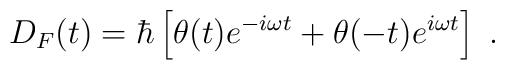
D_F(t)=\hbar\left[ \theta (t)e^{-i\omega t}+\theta (-t)e^{i\omega t} \right]\ .